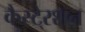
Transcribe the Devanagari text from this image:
कैस्टे्रशन